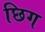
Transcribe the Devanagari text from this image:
छिग